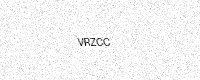
Text: VRZCC